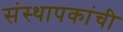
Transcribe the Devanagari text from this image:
संस्थापकांची